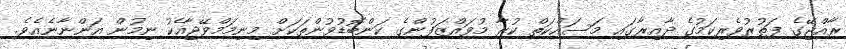
ރާއްޖޭގެ ފަތުުރުވެރިކަމުގެ ދާއިރާގައި މަސައްކަތް ކުރާ މުވައްޒަފުންގެ ކަންބޮޑުވުންތަކަށް މިނިމަމްވޭޖާއެކު ނިމުން އަންނާނެއެވެ.